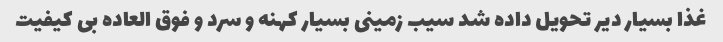
غذا بسیار دیر تحویل داده شد سیب زمینی بسیار کهنه و سرد و فوق العاده بی کیفیت